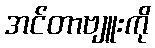
အင်တာဗျူးကို